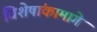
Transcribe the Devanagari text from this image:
विशेषांकामागे